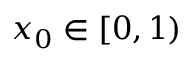
x _ { 0 } \in [ 0 , 1 )